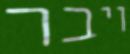
ויבר